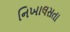
નિખાલસતા